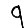
Digit: 9